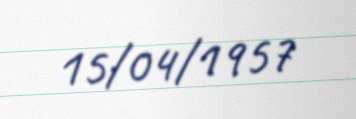
15/04/1957